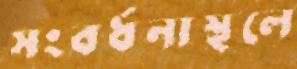
সংবর্ধনাস্থলে